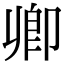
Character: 𠨞